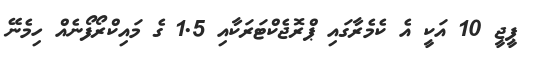
ޕީޖީ 10 އަކީ އެ ކެމެރާގައި ޕްރޮޖެކްޓަރަކާއި 1.5 ގެ މައިކްރޯފޯނެއް ހިމެނޭ